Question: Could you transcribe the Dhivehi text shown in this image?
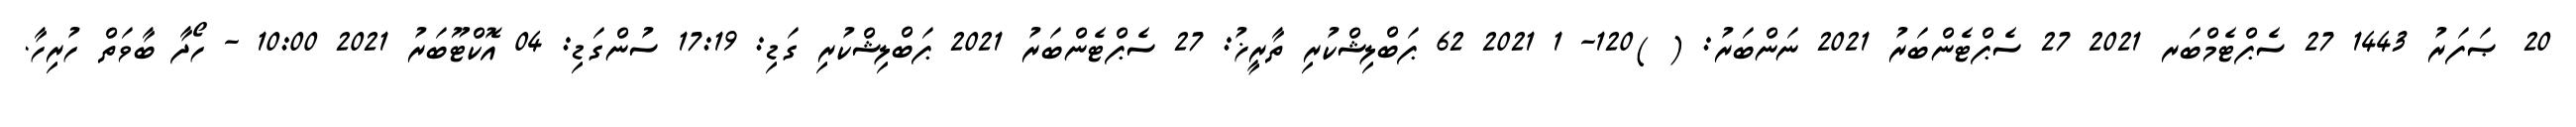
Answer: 20 ޞަފަރު 1443 27 ސެޕްޓެމްބަރ 2021 27 ސެޕްޓެންބަރު 2021 ނަންބަރު: ( )120- 1 2021 62 ޕަބްލިޝްކުރި ތާރީޚު: 27 ސެޕްޓެންބަރު 2021 ޕަބްލިޝްކުރި ގަޑި: 17:19 ސުންގަޑި: 04 އޮކްޓޫބަރު 2021 10:00 - ހޯދާ ބާވަތް ހުރިހާ.